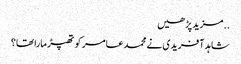
..مزید پڑھیں
شاہد آفریدی نے محمد عامر کو تھپڑ مارا تھا؟